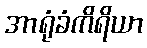
အာရုံခံကိရိယာ